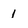
Character: 1